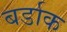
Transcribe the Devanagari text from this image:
बर्डाक